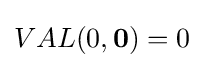
VAL(0,\mathbf {0} )=0